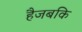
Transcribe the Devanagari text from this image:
हैजबकि